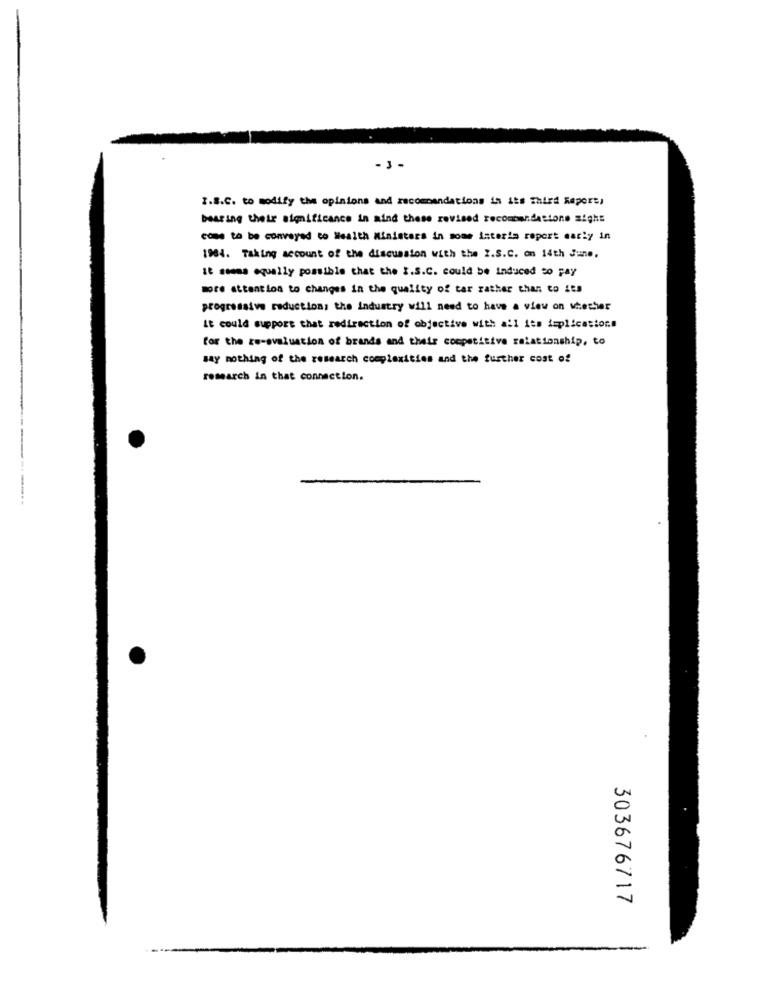
I.B.C. to modify the opinions and recommendations in its Third Report,
bearing their significance in mind these revised recombandastone sighs
come to be conveyed to Wealth Ministers in some interim report early in
1984. Taking account of the discussion with the Z.S.C. on 14th June,
It ssons equally possible that the I.S.C. could be induced to pay
more attention to changes in the quality of tar rather than to its
progressive reduction, the industry will need to have a view on whether
it could support that redirection of objective with all its teplicastors
for the re-evaluation of brands and their competitive relationship, to
say nothing of the research complexities and the further cost of
research in that connection.
303676717